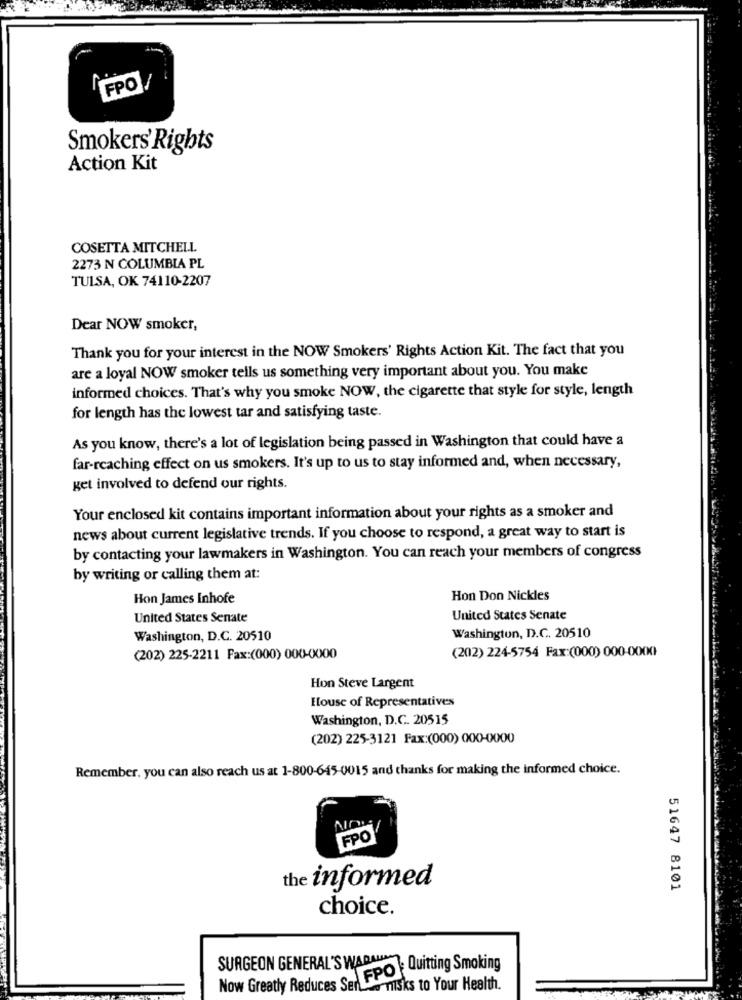
FPO/
Smokers' Rights
Action Kit
COSETTA MITCHELL
2273 N COLUMBIA PL
TULSA, OK 74110-2207
Dear NOW smoker,
Thank you for your interest in the NOW Smokers' Rights Action Kit. The fact that you
are a loyal NOW smoker tells us something very important about you. You make
informed choices. That's why you smoke NOW, the cigarette that style for style, length
for length has the lowest tar and satisfying taste.
As you know, there's a lot of legislation being passed in Washington that could have a
far-reaching effect on us smokers. It's up to us to stay informed and, when necessary,
get involved to defend our rights.
Your enclosed kit contains important information about your rights as a smoker and
news about current legislative trends. If you choose to respond, a great way to start is
by contacting your lawmakers in Washington. You can reach your members of congress
by writing or calling them at:
Hon James Inhofe
Hon Don Nickles
United States Senate
United States Senate
Washington, D.C. 20510
Washington, D.C. 20510
(202) 224-5754 Fax:(000) 000-0000
(202) 225-2211 Fax:(000) 000-0000
Hon Steve Largent
House of Representatives
Washington, D.C. 20515
(202) 225-3121 Fax:(000) 000-0000
Remember, you can also reach us at 1-800-645-0015 and thanks for making the informed choice.
FPO
the informed
51647 8101
choice.
SURGEON GENERAL'S WARALIM
Now Greatly Reduces Sal FPO FUwitting Smoking
was nilsks to Your Health.